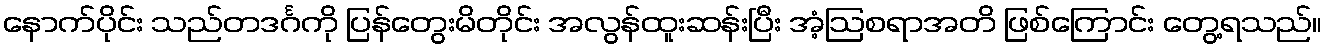
နောက်ပိုင်း သည်တဒင်္ဂကို ပြန်တွေးမိတိုင်း အလွန်ထူးဆန်းပြီး အံ့ဩစရာအတိ ဖြစ်ကြောင်း တွေ့ရသည်။